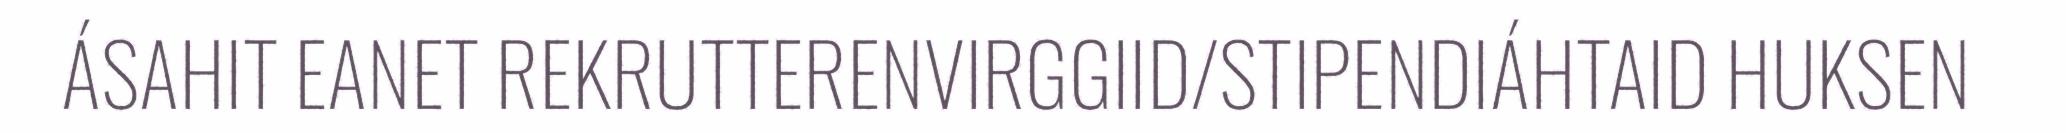
ÁSAHIT EANET REKRUTTERENVIRGGIID/STIPENDIÁHTAID HUKSEN